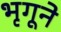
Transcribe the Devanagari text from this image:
भृगूने